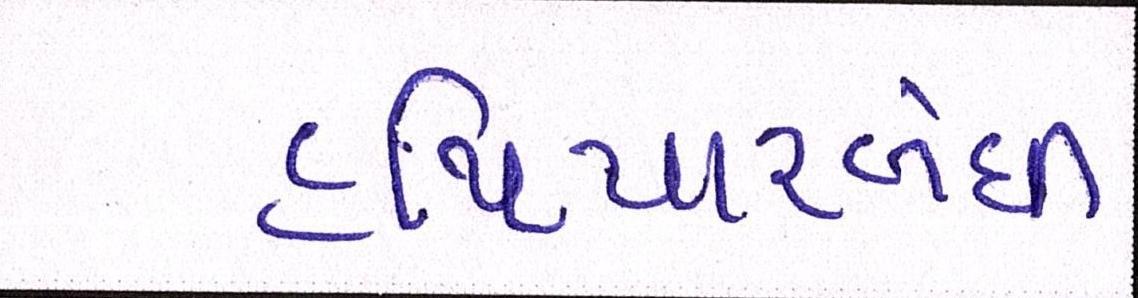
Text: હથિયારબંધી